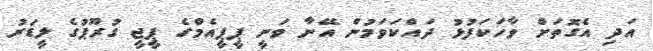
އަދި އެގޮތަށް ވާހަކަފުޅު ދައްކަވަމުން އޭނާ ވަނީ ޕީޕީއެމްގެ ޕީޖީ ގުރޫޕުގެ ލީޑަރު